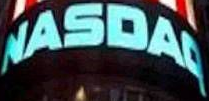
NASDAQ